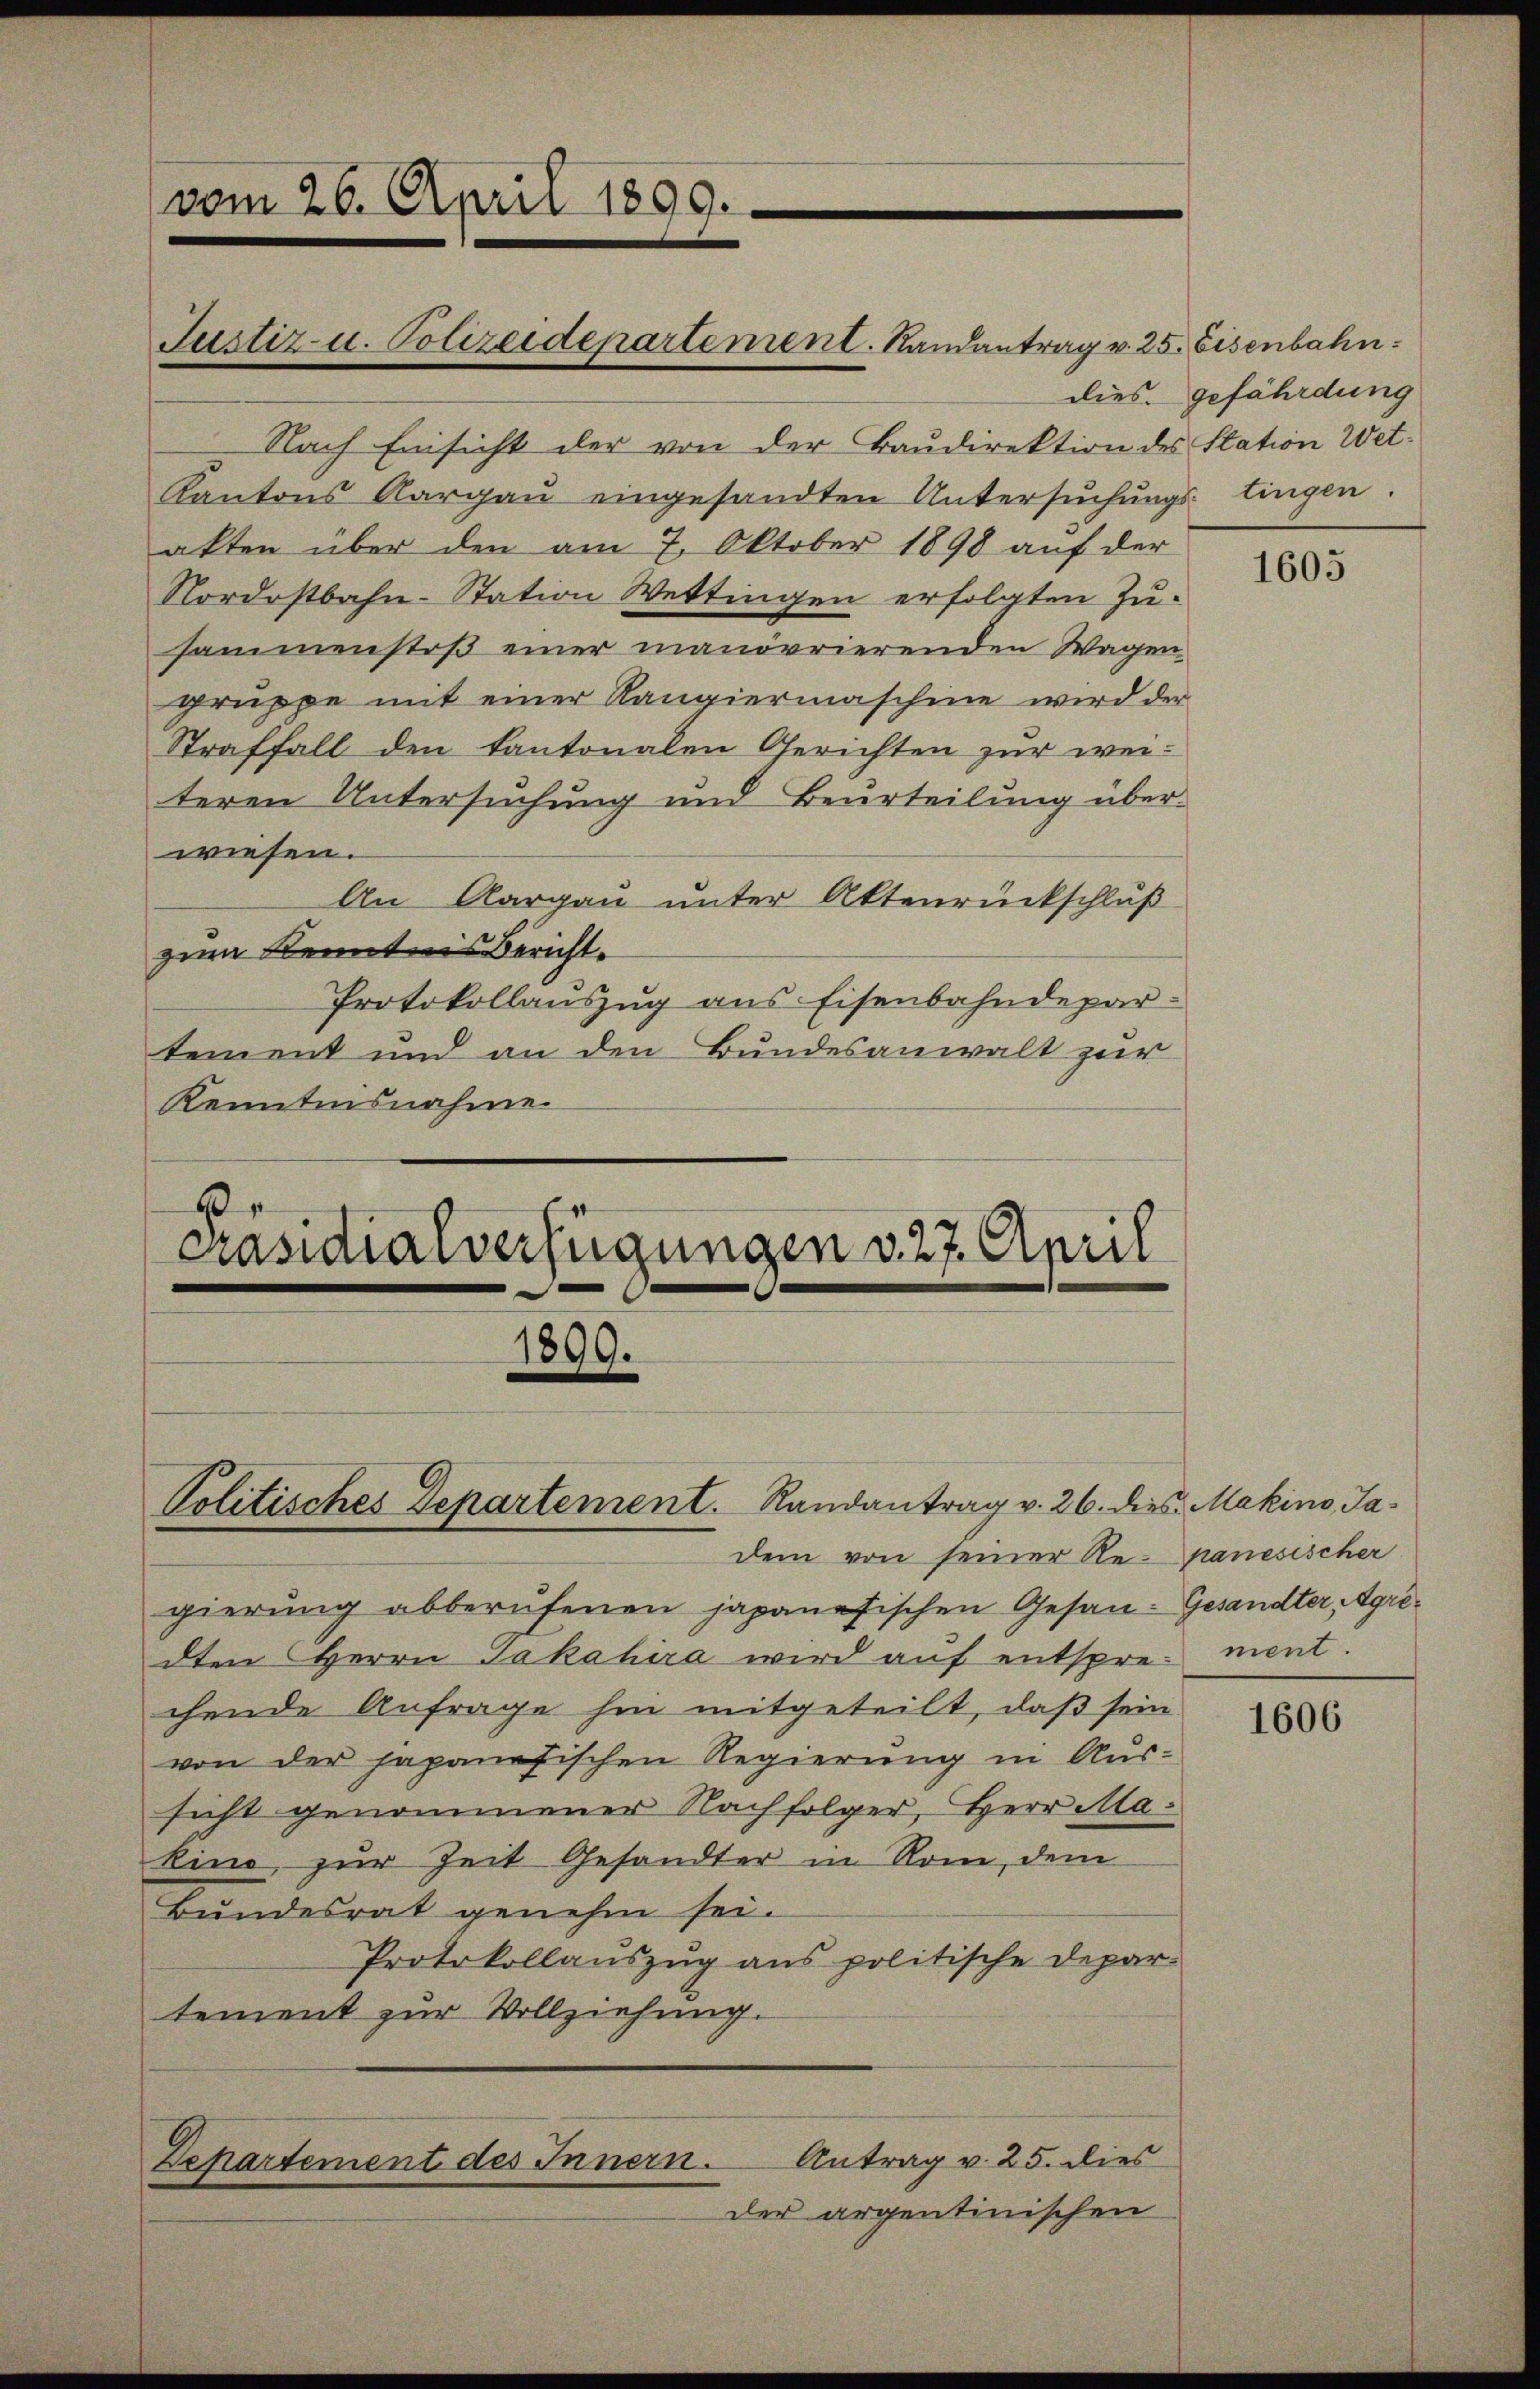
vom 26. April 1899.

Nach Einsicht der von der Baudirektion des Station Wet¬
Kantons Aargau eingesandten Untersuchungslingen.
akten über den am 7. Oktober 1898 auf der
Nordostbahn-Station Wettingen erfolgten Zusammenstoß einer manövrierenden Wagen
gruppe mit einer Rangiermaschine wird der
Straffall den Kantonalen Gerichten zur weiteren Untersuchung und Beurteilung über-
wiesen.
An Aargau unter Aktenrückschluß
zum Kenntnis Bericht.
Protokollauszug aus Eisenbahndepar-
tement und an den Bundesanwalt zur
Kenntnisnahme.
E
Präsidialverfügungen v. 27. April

Justiz- u. Polizeidepartement. Randantrag v. 25. Eisenbahn

Politisches Departement. Randantrag v. 26. dies Makino, Ja¬

1899.

dem von seiner Re- panesischer
gierung abberufenen japanesischen Gesan-Gesandter, Agridten Herrn Jakahira wird auf entspre- ment.
chende Anfrage hin mitgeteilt, daß sein
von der japanesischen Regierung in Aus-
sicht genommener Nachfolger, Herr Makind, zur Zeit Gesandter in Rom, dem
Bundesrat genehm sei.
Protokollauszug aus politische Depar-
tement zur Vollziehung.
Antrag v. 25. dies
Departement des Innern.
der argentinischen

dies gefährdung

1605

1606